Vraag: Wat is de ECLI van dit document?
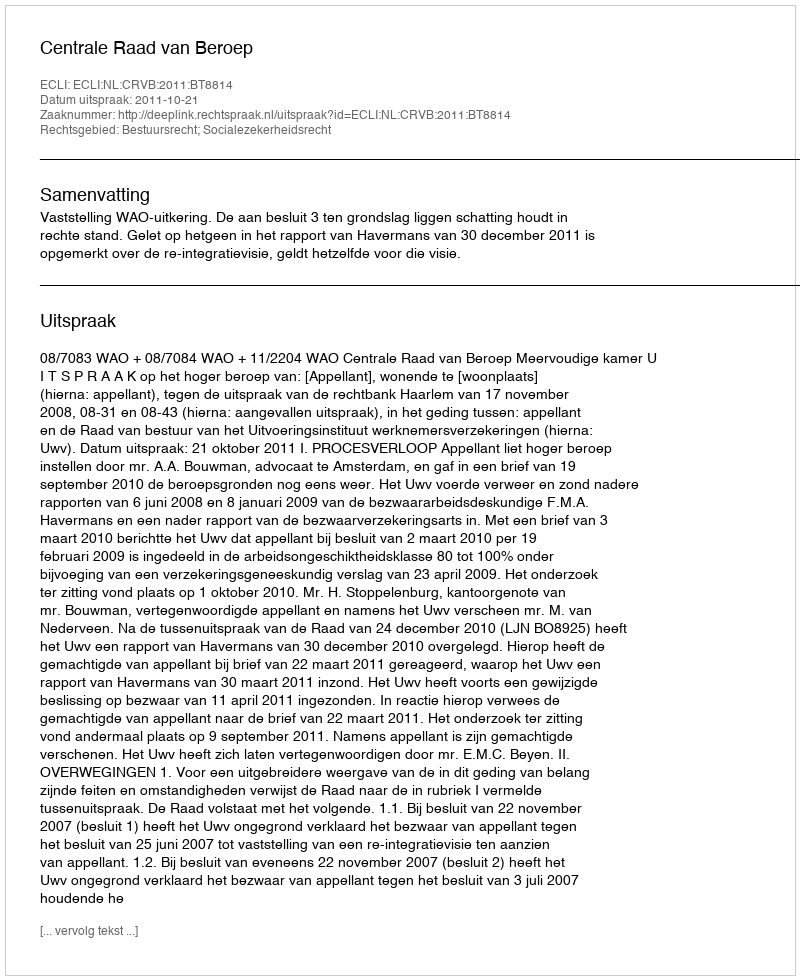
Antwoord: ECLI:NL:CRVB:2011:BT8814